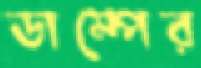
ডাম্পের